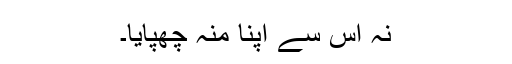
نہ اُس سے اپنا مُنہ چھپایا۔